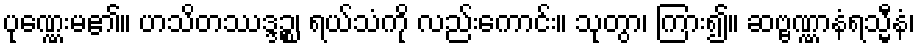
ပုဏ္ဏေးမ၏။ ဟသိတဿဒ္ဒဉ္စ၊ ရယ်သံကို လည်းကောင်း။ သုတွာ၊ ကြား၍။ ဆဗ္ဗဏ္ဏာနံရသ္မီနံ၊